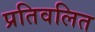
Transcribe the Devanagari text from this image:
प्रतिवलित